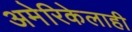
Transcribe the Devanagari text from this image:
अमेरिकेलाही